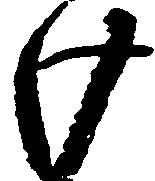
け